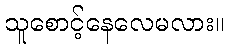
သူစောင့်နေလေမလား။